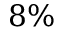
8 \%